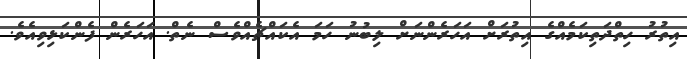
އިތުރު ހިތްދަތިކަމެއްގެ އިތުރަށް އަހަރެންނަށް ލިބުނު ހަމަ އެކައްޗެއްވެސް ނެތް. އަހަރެން ފެންކަޅިވިއެވެ.